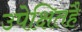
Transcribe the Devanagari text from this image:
उपेक्षितहै